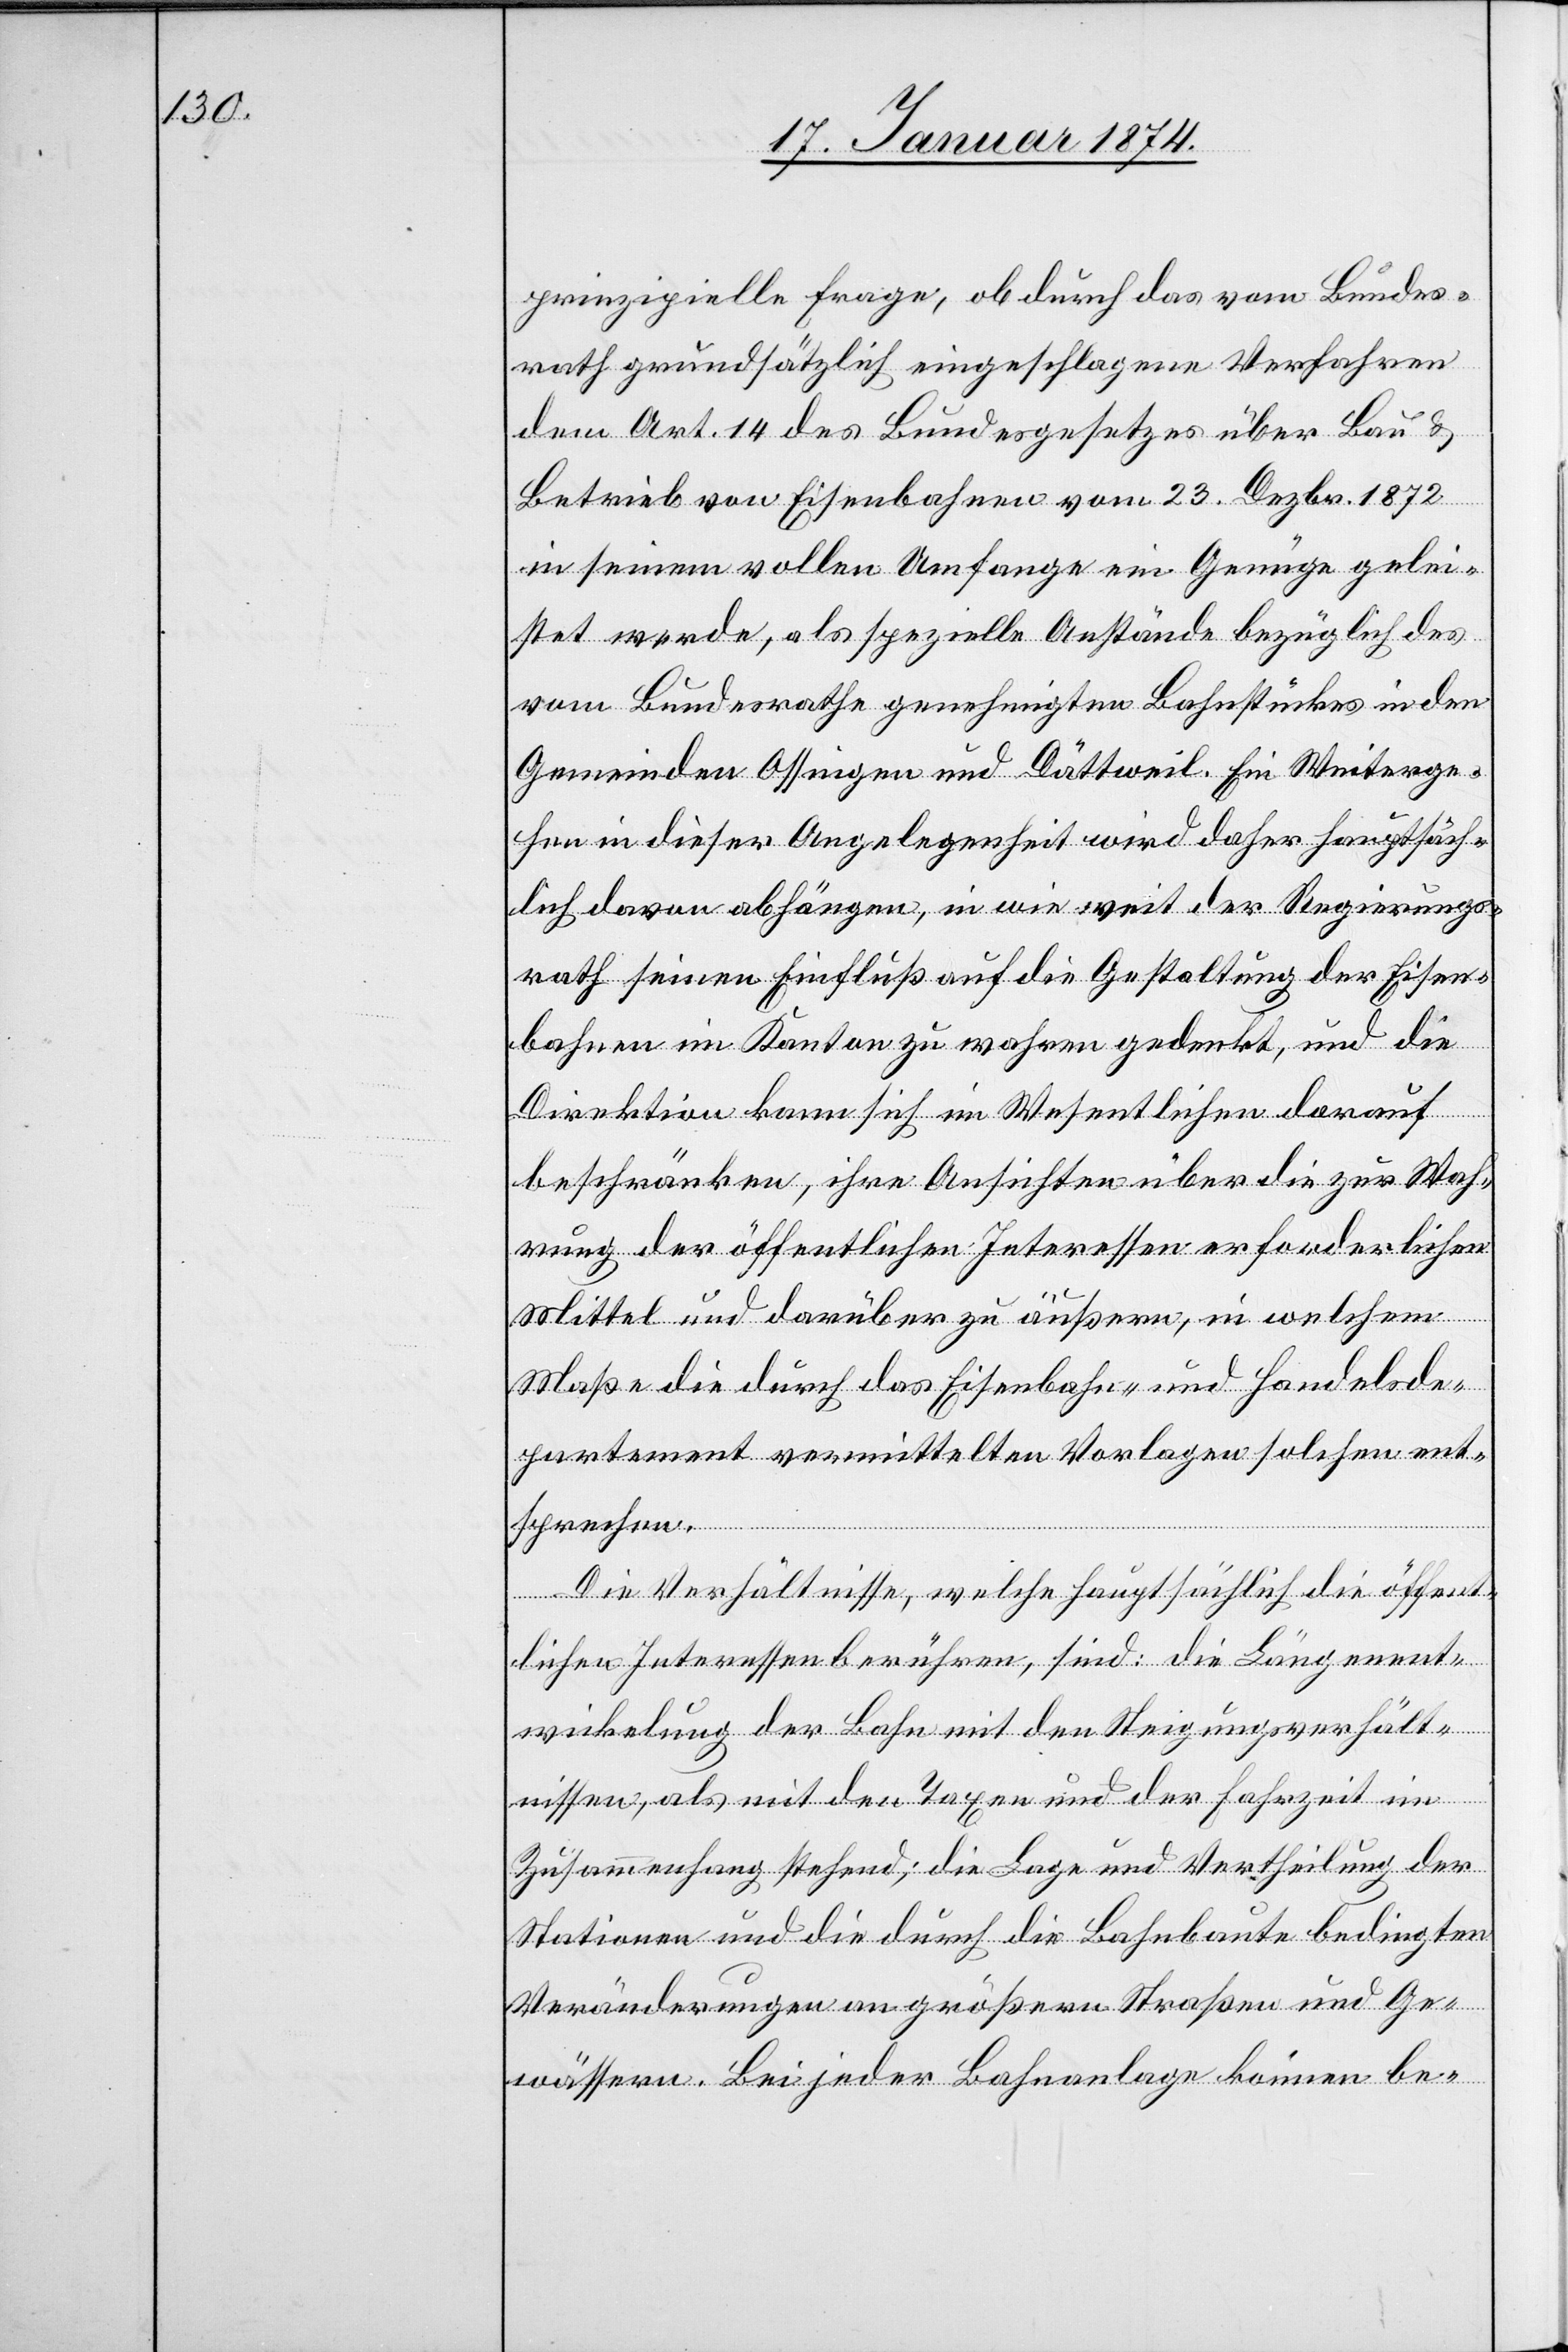
prinzipielle Frage, ob durch das vom Bundes¬
rath grundsätzlich eingeschlagene Verfahren
dem Art. 14 des Bundesgesetzes über Bau &
Betrieb von Eisenbahnen vom 23. Dezbr. 1872
in seinem vollen Umfange ein Genüge gelei¬
stet werde, als spezielle Anstände bezüglich des
vom Bundesrathe genehmigten Bahnstückes in den
Gemeinden Ossingen und Dättweil. Ein Weiterge¬
hen in dieser Angelegenheit wird daher hauptsäch¬
lich davon abhängen, in wie weit der Regierungs¬
rath seinen Einfluß auf die Gestaltung der Eisen¬
bahnen im Kanton zu wahren gedenkt, und die
Direktion kann sich im Wesentlichen darauf
beschränken, ihre Ansichten über die zur Wah¬
rung der öffentlichen Interessen erforderlichen
Mittel und darüber zu äußern, in welchem
Maße die durch das Eisenbahn- und Handelsde¬
partement vermittelten Vorlagen solchen ent¬
sprechen.
Die Verhältnisse, welche hauptsächlich die öffent¬
lichen Interessen berühren, sind: die Längenent¬
wicklung der Bahn mit den Steigungsverhält¬
nissen, als mit den Taxen und der Fahrzeit im
Zusammenhang stehend; die Lage und Vertheilung der
Stationen und die durch die Bahnbaute bedingten
Veränderungen an größern Straßen und Ge¬
wässern. Bei jeder Bahnanlage können be-